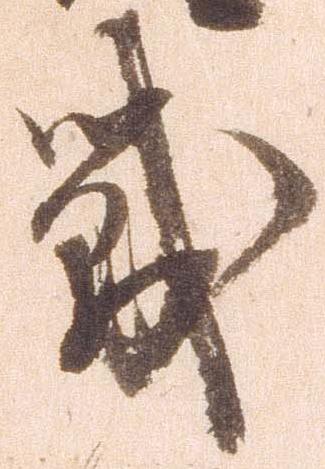
戦